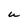
Character: U